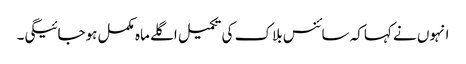
انہوں نے کہاکہ سائنس بلاک کی تکمیل اگلے ماہ مکمل ہوجائیگی۔